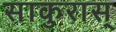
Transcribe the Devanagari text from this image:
साकुरास्